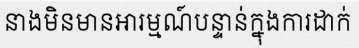
នាងមិនមានអារម្មណ៍បន្ទាន់ក្នុងការដាក់